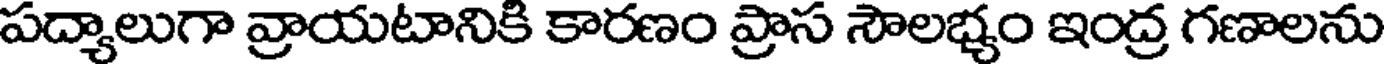
పద్యాలుగా వ్రాయటానికి కారణం ప్రాస సౌలభ్యం ఇంద్ర గణాలను